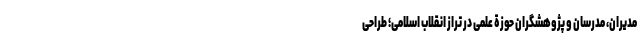
مدیران، مدرسان و پژوهشگران حوزة علمی در تراز انقلاب اسلامی؛ طراحی